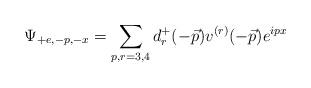
LaTeX: \begin{align*}\Psi_{+e,-p,-x}=\sum_{p,r=3,4}d_r^+(-\vec{p})v^{(r)}(-\vec{p})e^{i p x}\end{align*}